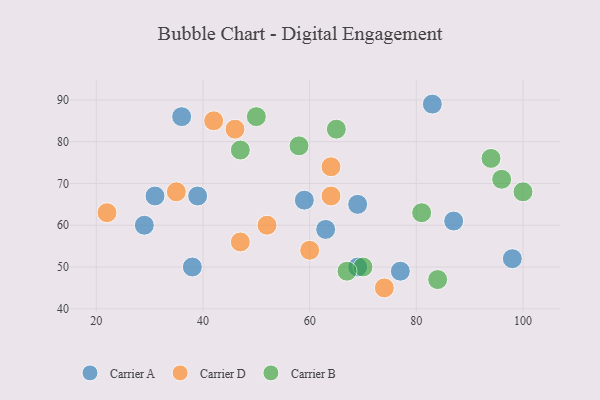
{"axis": {"x": "GDP", "y": "Life Expectancy"}, "legend": ["Carrier A", "Carrier B", "Carrier D"], "data": [{"x": "36", "y": 86, "type": "Carrier A"}, {"x": "69", "y": 65, "type": "Carrier A"}, {"x": "87", "y": 61, "type": "Carrier A"}, {"x": "98", "y": 52, "type": "Carrier A"}, {"x": "69", "y": 50, "type": "Carrier A"}, {"x": "31", "y": 67, "type": "Carrier A"}, {"x": "59", "y": 66, "type": "Carrier A"}, {"x": "38", "y": 50, "type": "Carrier A"}, {"x": "77", "y": 49, "type": "Carrier A"}, {"x": "39", "y": 67, "type": "Carrier A"}, {"x": "29", "y": 60, "type": "Carrier A"}, {"x": "63", "y": 59, "type": "Carrier A"}, {"x": "83", "y": 89, "type": "Carrier A"}, {"x": "52", "y": 60, "type": "Carrier D"}, {"x": "46", "y": 83, "type": "Carrier D"}, {"x": "35", "y": 68, "type": "Carrier D"}, {"x": "22", "y": 63, "type": "Carrier D"}, {"x": "60", "y": 54, "type": "Carrier D"}, {"x": "47", "y": 56, "type": "Carrier D"}, {"x": "42", "y": 85, "type": "Carrier D"}, {"x": "64", "y": 74, "type": "Carrier D"}, {"x": "64", "y": 67, "type": "Carrier D"}, {"x": "74", "y": 45, "type": "Carrier D"}, {"x": "94", "y": 76, "type": "Carrier B"}, {"x": "47", "y": 78, "type": "Carrier B"}, {"x": "70", "y": 50, "type": "Carrier B"}, {"x": "50", "y": 86, "type": "Carrier B"}, {"x": "81", "y": 63, "type": "Carrier B"}, {"x": "65", "y": 83, "type": "Carrier B"}, {"x": "84", "y": 47, "type": "Carrier B"}, {"x": "67", "y": 49, "type": "Carrier B"}, {"x": "100", "y": 68, "type": "Carrier B"}, {"x": "96", "y": 71, "type": "Carrier B"}, {"x": "58", "y": 79, "type": "Carrier B"}]}